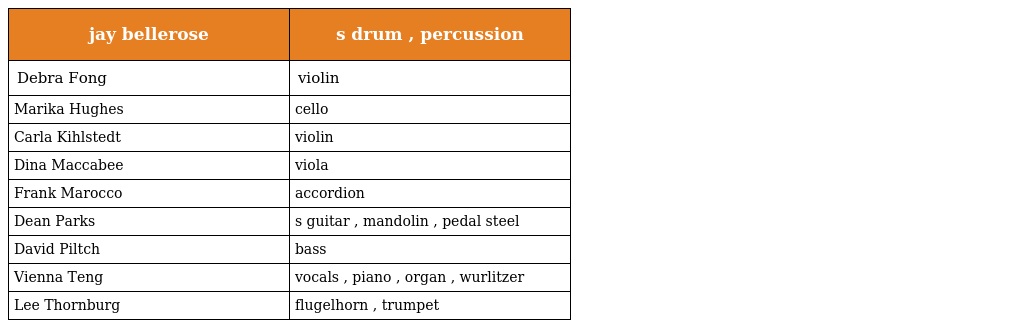
| jay bellerose | s drum , percussion |
 | --- | --- |
 | Debra Fong | violin |
 | Marika Hughes | cello |
 | Carla Kihlstedt | violin |
 | Dina Maccabee | viola |
 | Frank Marocco | accordion |
 | Dean Parks | s guitar , mandolin , pedal steel |
 | David Piltch | bass |
 | Vienna Teng | vocals , piano , organ , wurlitzer |
 | Lee Thornburg | flugelhorn , trumpet |